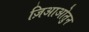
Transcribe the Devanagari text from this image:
ज़िआओतुन